Indian journal of veterinary science and animal husbandry - Volumes 15-17, 1948-1951
Year: 1948
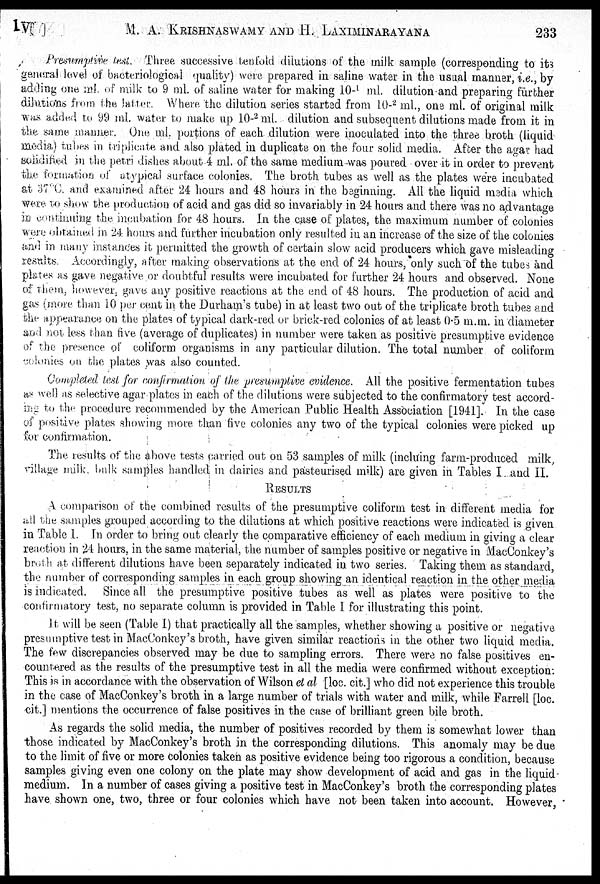
XVIII] M.
A.
KRISHNASWAMY
AND
H.
LAXIMINARAYANA
233
Presumptive test. Three successive tenfold dilutions of the milk sample (corresponding to its
general level of bacteriological quality) were prepared in saline water in the usual manner, i.e., by
adding one ml. of milk to 9 ml. of saline water for making 10- 1 ml. dilution and preparing further
dilutions from the latter. Where the dilution series started from 10- 2 ml., one ml. of original milk
was added to 99 ml. water to make up 10- 2 ml. dilution and subsequent dilutions made from it in
the same manner. One ml. portions of each dilution were inoculated into the three broth (liquid
media) tubes in triplicate and also plated in duplicate on the four solid media. After the agar had
selidified in the petri dishes about 4 ml. of the same medium was peured over it in order to prevent
the formation of atypical surface colonies. The broth tubes as well as the plates were incubated
at 37°C. and examined after 24 hours and 48 hours in the beginning. All the liquid madia which
were to show the production of acid and gas did so invariably in 24 hours and there was no advantage
in Contiuning the incubation for 48 hours. In the case of plates, the maximum number of colonies
were obtained in 24 hours and further incubation only resulted in an increase of the size of the colonies
and in many instances it permitted the growth of certain slow acid producers which gave misleading
results. Accordingly, after making observations at the end of 24 hours, only such of the tubes and
plates as gave negative or doubtful results were incubated for further 24 hours and observed. None
of them, however, gave any positive reactions at the end of 48 hours. The production of acid and
gas (more than 10 per cent in the Durham's tube) in at least two out of the triplicate broth tubes and
the appearance on the plates of typical dark-red or brick-red colonies of at least 0.5 m.m. in diameter
and not less than five (average of duplicates) in number were taken as positive presumptive evidence
of the presence of coliform organisms in any particular dilution. The total number of coliform
colonies on the plates was also counted.
Completed test for confirmation, of the presumptive evidence. All the positive fermentation tubes
as well as selective agar plates in each of the dilutions were subjected to the confirmatory test accord-
ing to the procedure recommended by the American Public Health Association [1941]. In the case
of positive plates showing more than five colonies any two of the typical colonies were picked up
for confirmation.
The results of the above tests parried out on 53 samples of milk (induing farm-produced milk,
village milk, bulk samples handled in dairies and pasteurised milk) are given in Tables I and II.
RESULTS
A comparison of the combined results of the presumptive coliform test in different media for
all the samples grouped according to the dilutions at which positive reactions were indicated is given
in Table I. In order to bring out clearly the comparative efficiency of each medium in giving a clear
reaction in 24 hours, in the same material, the number of samples positive or negative in MacConkey's
broth at different dilutions have been separately indicated in two series. Taking them as standard,
the number of corresponding samples in each group showing an identical reaction in the other media
is indicated. Since all the presumptive positive tubes as well as plates were positive to the
confirmatory test, no separate column is provided in Table I for illustrating this point.
It will be seen (Table I) that practically all the samples, whether showing a positive or negative
presumptive test in MacConkey's broth, have given similar reactions in the other two liquid media.
The few discrepancies observed may be due to sampling errors. There were no false positives en-
countered as the results of the presumptive test in all the media were confirmed without exception:
This is in accordance with the observation of Wilson et al [loc. cit.] who did not experience this trouble
in the case of MacConkey's broth in a large number of trials with water and milk, while Farrell [loc.
cit.] mentions the occurrence of false positives in the case of brilliant green bile broth.
As regards the solid media, the number of positives recorded by them is somewhat lower than
those indicated by MacConkey's broth in the corresponding dilutions. This anomaly may be due
to the limit of five or more colonies taken as positive evidence being too rigorous a condition, because
samples giving even one colony on the plate may show development of acid and gas in the liquid
medium. In a number of cases giving a positive test in MacConkey's broth the corresponding plates
have shown one, two, three or four colonies which have not been taken into account. However,